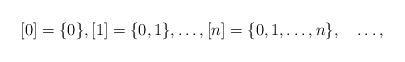
LaTeX: \begin{align*}[0]=\{0\}, [1]=\{0, 1\},\dotsc,[n]=\{0, 1,\dotsc, n\},\quad\dotsc,\end{align*}